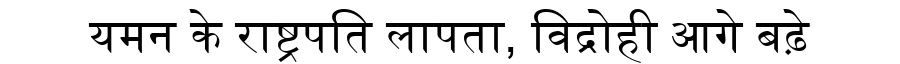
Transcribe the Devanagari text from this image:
यमन के राष्ट्रपति लापता, विद्रोही आगे बढ़े